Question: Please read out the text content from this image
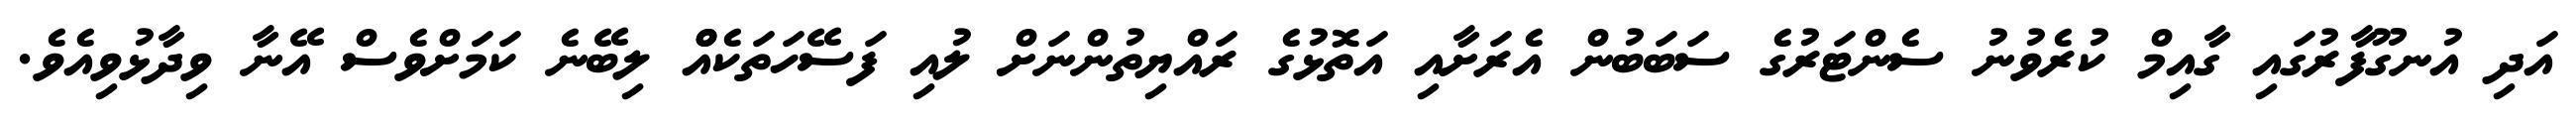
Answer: އަދި އުނގޫފާރުގައި ގާއިމް ކުރެވުނު ސެންޓަރުގެ ސަބަބުން އެރަށާއި އަތޮޅުގެ ރައްޔިތުންނަށް ލުއި ފަސޭހަތަކެއްް ލިބޭނެ ކަމަށްވެސް އޭނާ ވިދާޅުވިއެވެ.